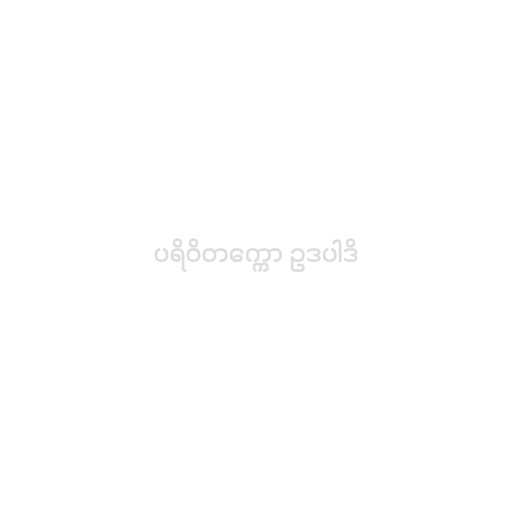
ပရိဝိတက္ကော ဥဒပါဒိ